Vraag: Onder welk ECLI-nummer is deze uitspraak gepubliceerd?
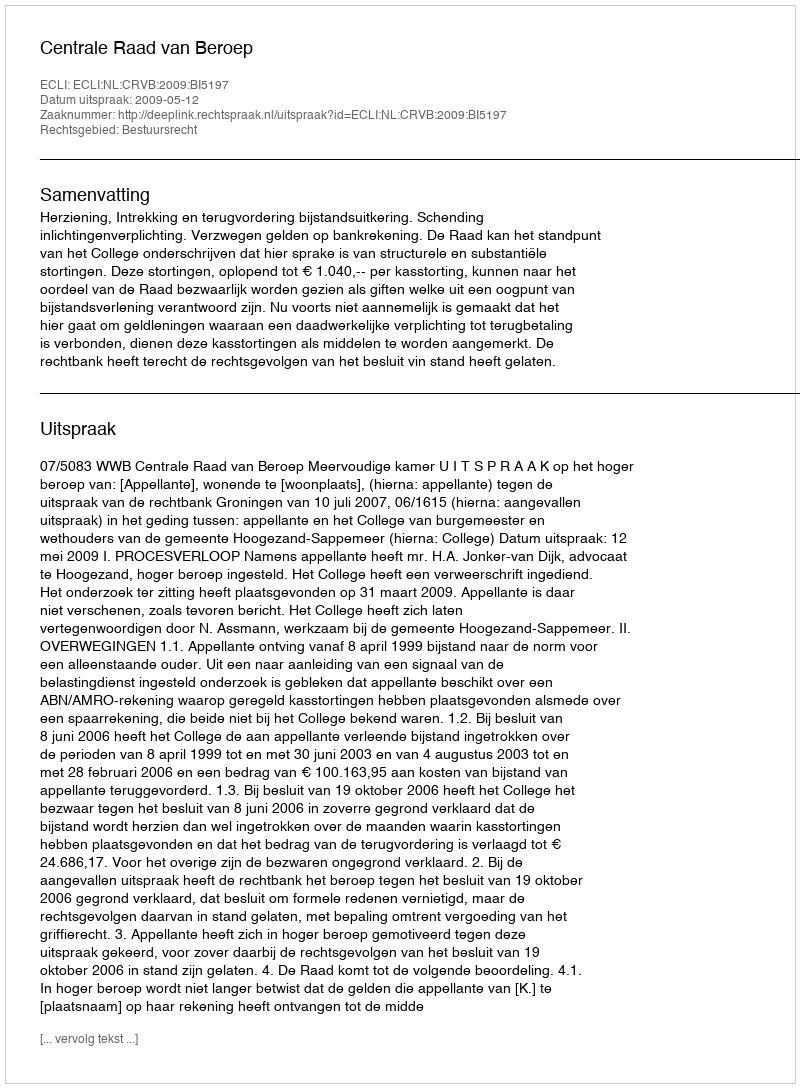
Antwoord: ECLI:NL:CRVB:2009:BI5197